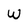
Character: W